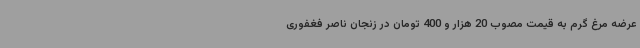
عرضه مرغ گرم به قیمت مصوب 20 هزار و 400 تومان در زنجان ناصر فغفوری